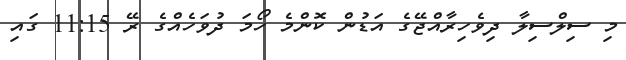
މި ސިލްސިލާ ދިވެހިރާއްޖޭގެ އަޑުން ކޮންމެ ހޯމަ ދުވަހެއްގެ ރޭ 11:15 ގައި